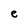
Character: e